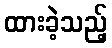
ထားခဲ့သည့်